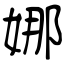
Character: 娜